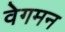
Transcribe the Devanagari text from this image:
वेगमन